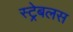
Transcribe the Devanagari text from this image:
स्ट्रेबलस